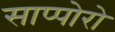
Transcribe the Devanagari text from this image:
साप्पोरो